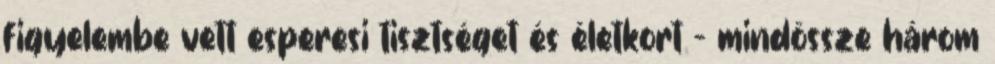
figyelembe vett esperesi tisztséget és életkort – mindössze három